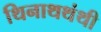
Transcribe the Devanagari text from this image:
थिनाथथंथी